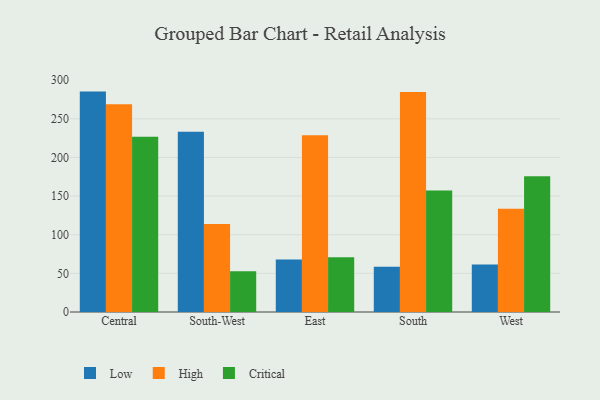
{"axis": {"x": "Region", "y": "Population (Million)"}, "legend": ["Critical", "High", "Low"], "data": [{"x": "Central", "y": 285.2, "type": "Low"}, {"x": "Central", "y": 268.9, "type": "High"}, {"x": "Central", "y": 226.8, "type": "Critical"}, {"x": "South-West", "y": 233.4, "type": "Low"}, {"x": "South-West", "y": 113.9, "type": "High"}, {"x": "South-West", "y": 52.6, "type": "Critical"}, {"x": "East", "y": 67.8, "type": "Low"}, {"x": "East", "y": 228.6, "type": "High"}, {"x": "East", "y": 70.7, "type": "Critical"}, {"x": "South", "y": 58.7, "type": "Low"}, {"x": "South", "y": 284.8, "type": "High"}, {"x": "South", "y": 157.2, "type": "Critical"}, {"x": "West", "y": 61.6, "type": "Low"}, {"x": "West", "y": 133.6, "type": "High"}, {"x": "West", "y": 175.6, "type": "Critical"}]}